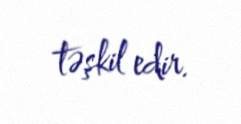
təşkil edir.